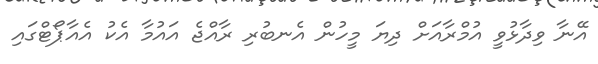
އޭނާ ވިދާޅުވީ އުމްރާއަށް ދިޔަ މީހުން އެނބުރި ރާއްޖެ އައުމާ އެކު އެއާޕޯޓްގައި